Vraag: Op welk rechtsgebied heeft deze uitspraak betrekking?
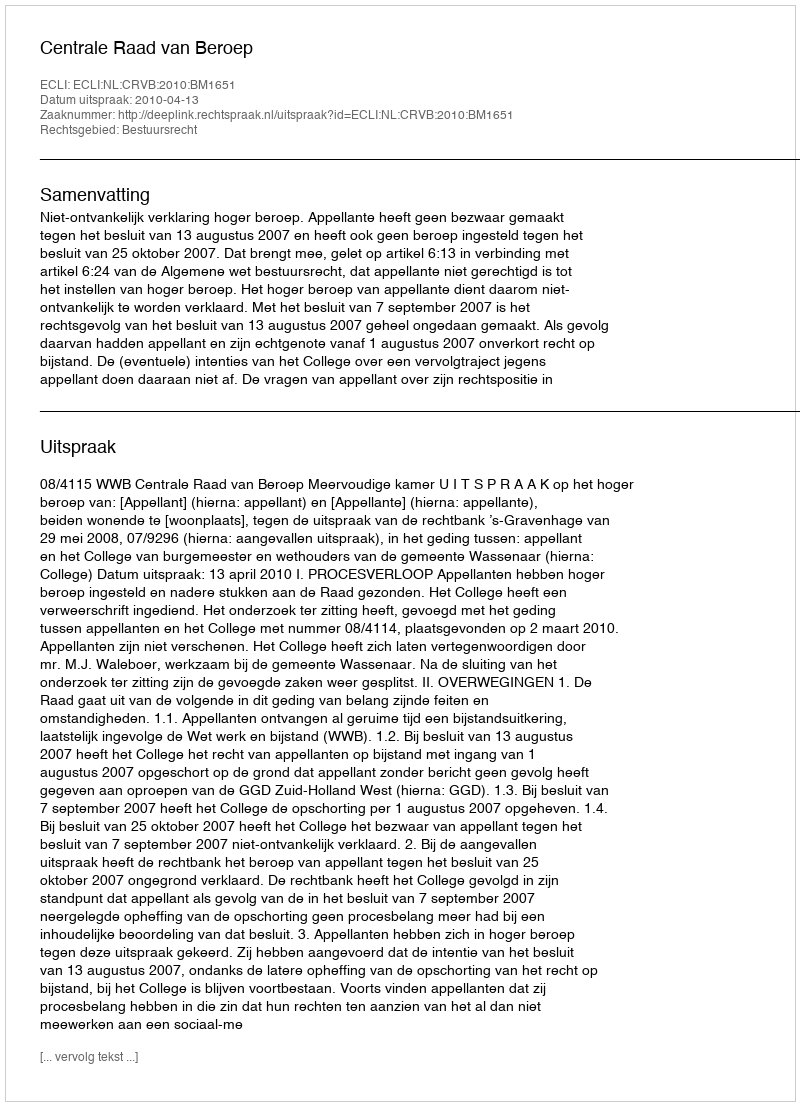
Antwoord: Bestuursrecht